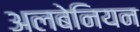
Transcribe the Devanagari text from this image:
अलबेनियन